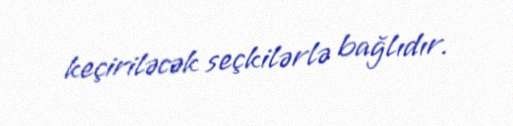
keçiriləcək seçkilərlə bağlıdır.